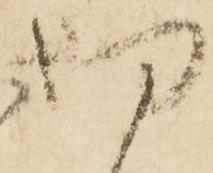
切